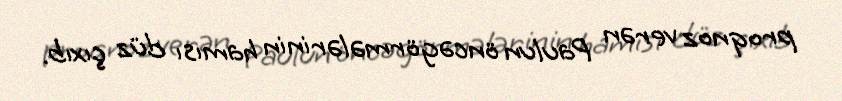
proqnoz verən Paulun öncəgörmələrinin hamısı düz çıxıb.